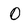
Character: O